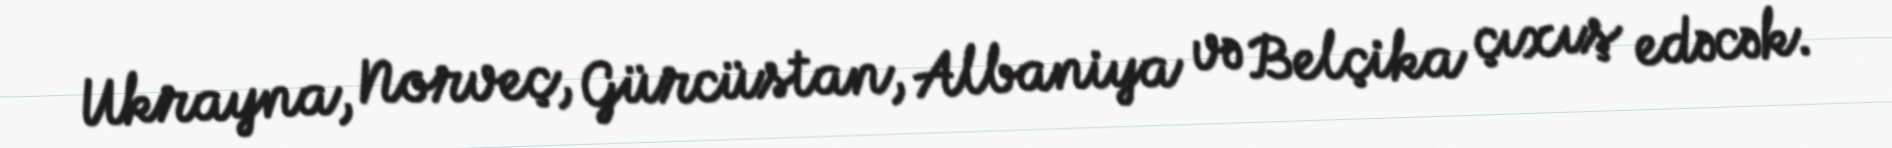
Ukrayna, Norveç, Gürcüstan, Albaniya və Belçika çıxış edəcək.